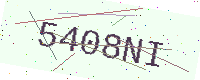
Text: 5408NI